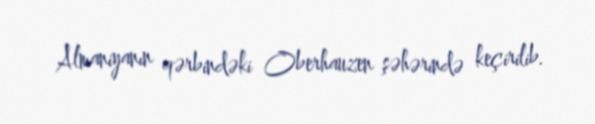
Almaniyanın qərbindəki Oberhauzen şəhərində keçirilib.